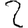
Digit: 2